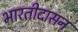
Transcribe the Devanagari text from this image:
भारतीदासन